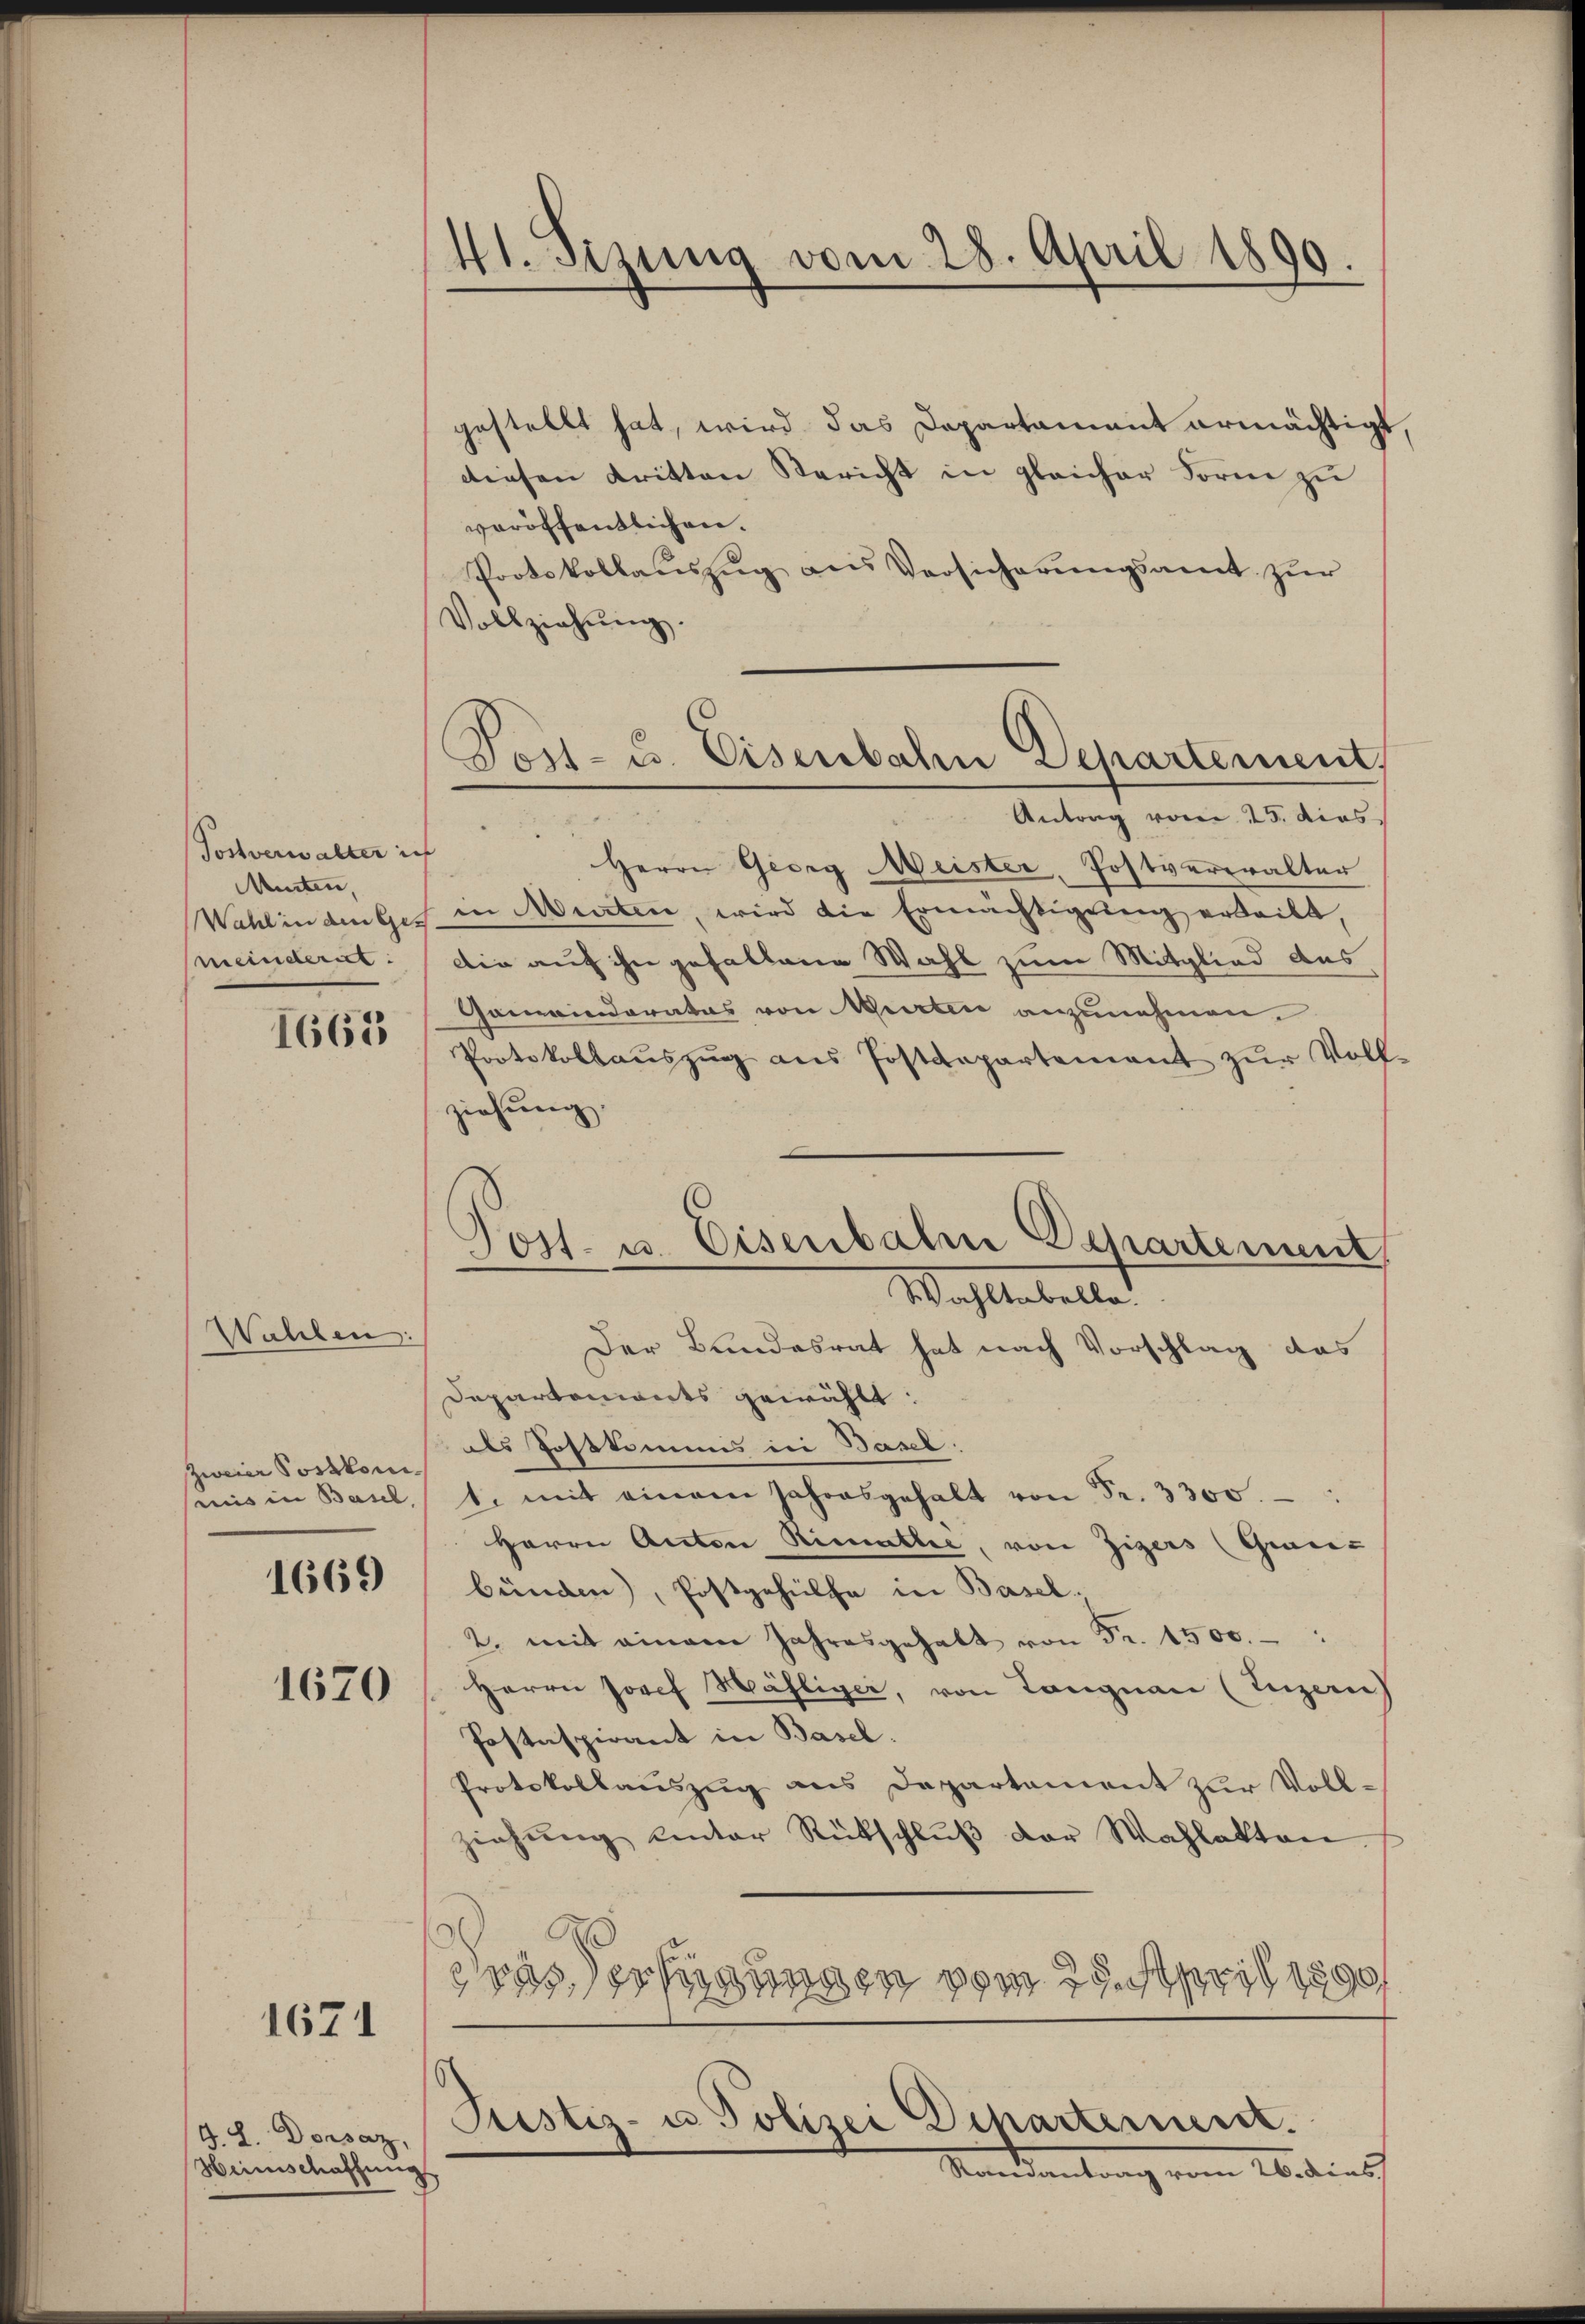
Postverwalter ich
Müsten,
meinden.

1665

Wahlen:
zweier Postkomsmis in Basel
1669
1670

1671

G. L. Dorsaz,
Hirnscathung

41. Sizung vom 28. April 1890.

Fort- u. Eisenbahn Departement,

gestellt hat, wird das Departament ermächtigt,
diesen dritten Bericht in gleicher Form zu
veröffentlichen.
Protokollaŭszŭg ans Versicherŭngsamt zŭr
Vollziehŭng.
Antrag vom 25. dies
Herrn Georg Meister, Postverwalter
Wahlinden Ges. in Werten, wird die Ermächtigung erteilt,
Die auf ihn gefallene Wahl zum Mitglied des
Gomainderatus von Murten anzunehmen.
Protokollaŭszŭg ans Postdepartement zŭr Voll-
ziehung.
Post- u. Eisenbahn Departement
Wahltabelle.
Der Bundesrat hat nach Vorschlag das
Departements gewählt:
ls Postkammes in Basel.
1. mit einem Jahresgehalt von Fr. 3300.
Herrn Anton Rimathe, von Zigers (Grau-
bünden), Postgehülfe in Basel,
2. mit einem Jahresgehalt von Fr. 1500.
Herrn Josef Mähliger, von Langnau (Luzern)
Postaspirant in Basel.
Protokollauszug aus Departement zur Voll-
ziehung einter Rückschluß der Wahlakten.
B
Scas der hinungen vom 29. April 18

Justiz- u Polizei Departement.
Mandantung vom Abedies